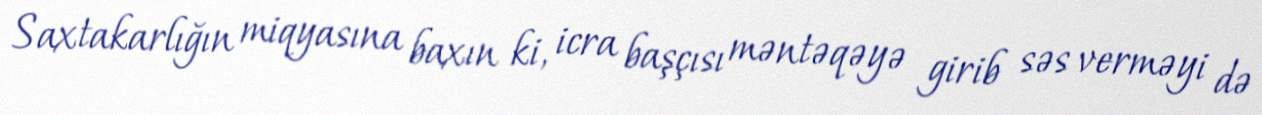
Saxtakarlığın miqyasına baxın ki, icra başçısı məntəqəyə girib səs verməyi də